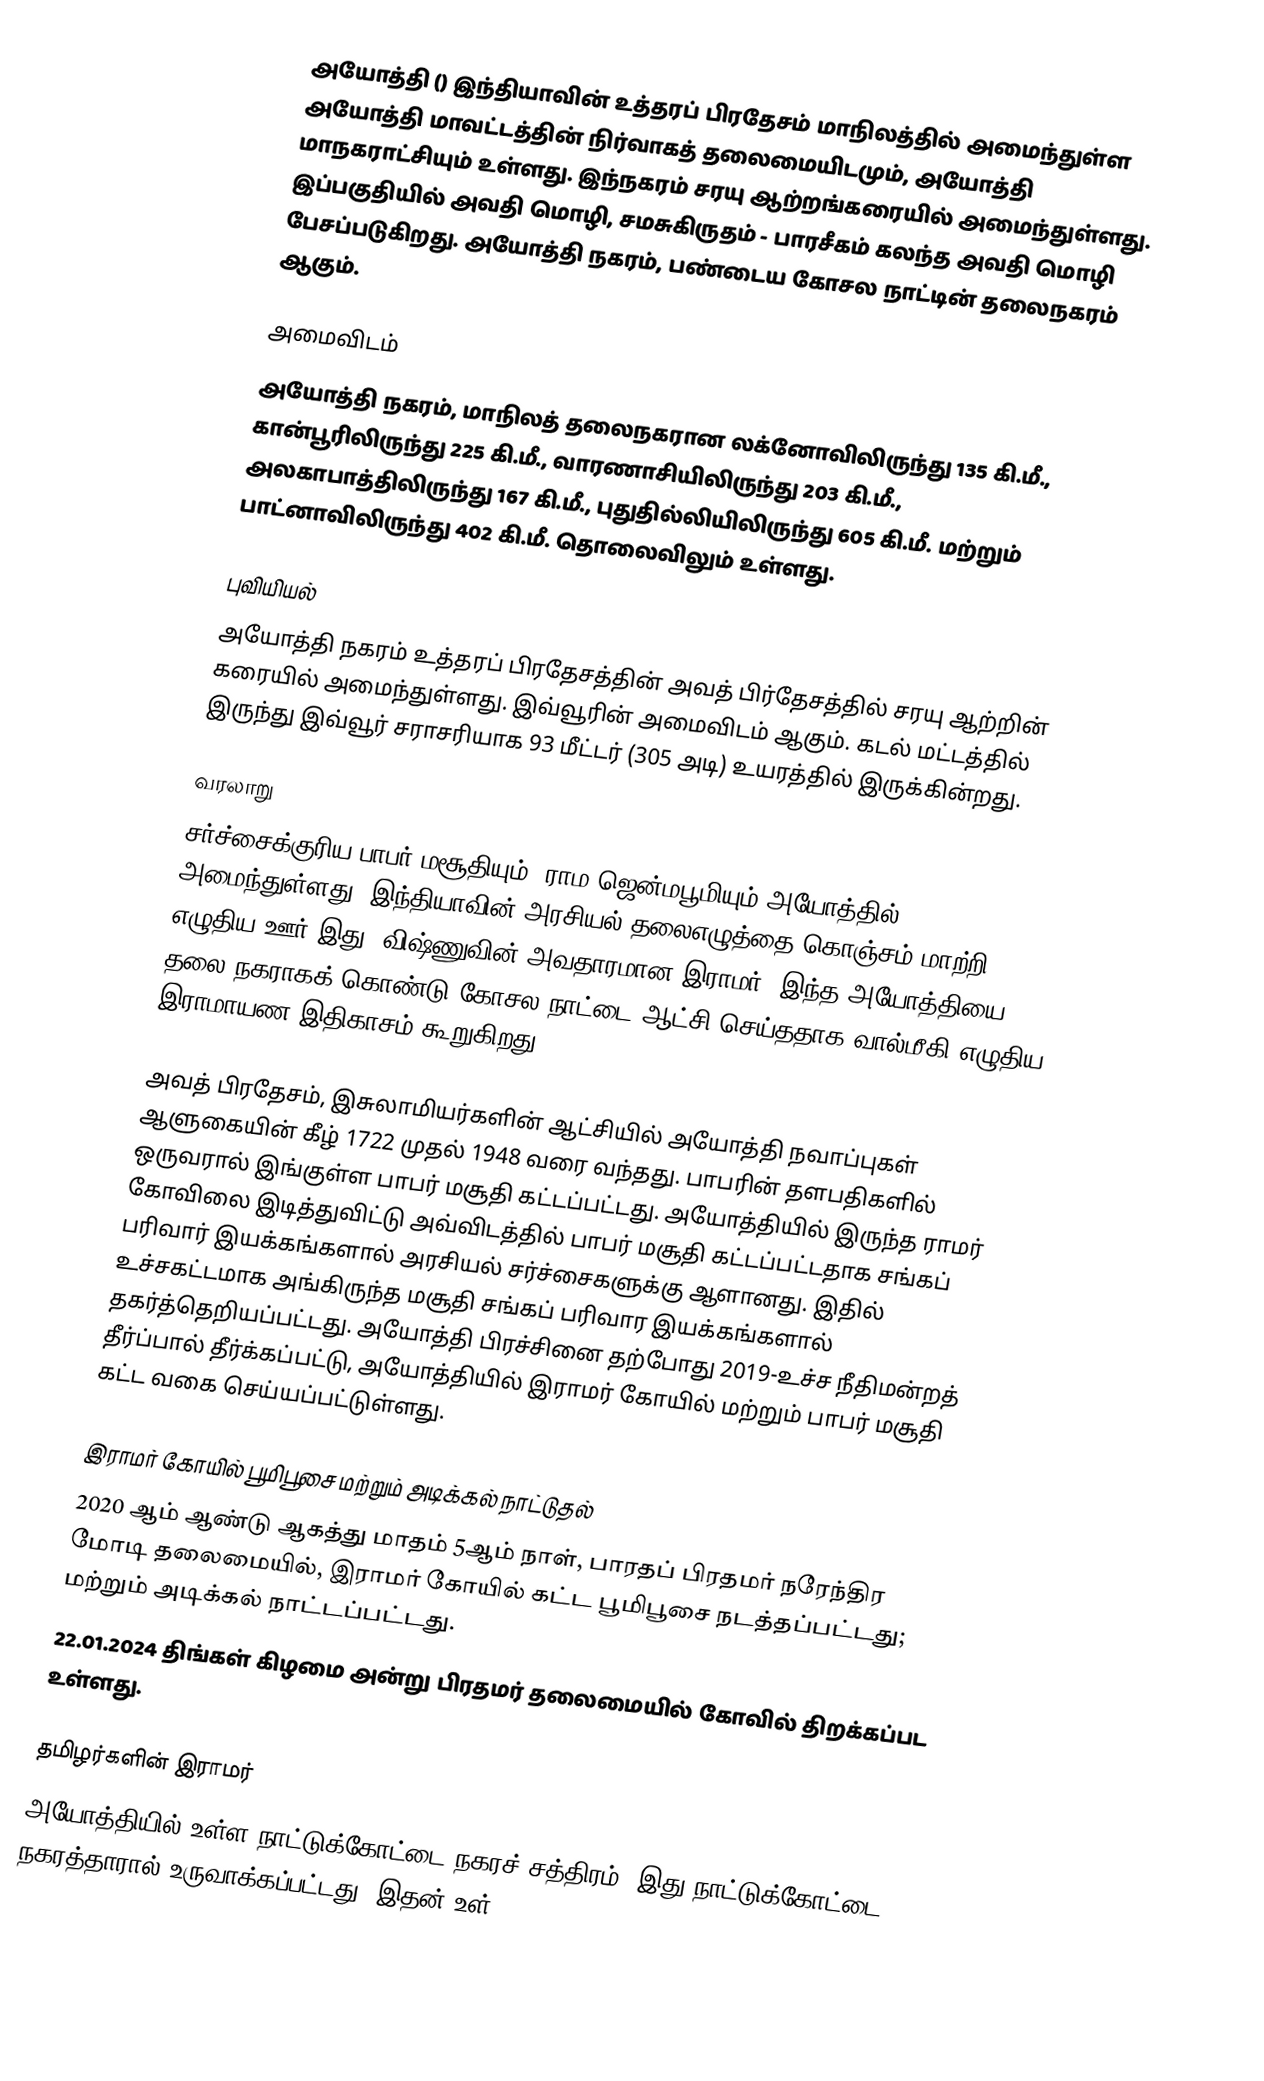
அயோத்தி () இந்தியாவின் உத்தரப் பிரதேசம் மாநிலத்தில் அமைந்துள்ள அயோத்தி மாவட்டத்தின் நிர்வாகத் தலைமையிடமும், அயோத்தி மாநகராட்சியும் உள்ளது. இந்நகரம் சரயு ஆற்றங்கரையில் அமைந்துள்ளது. இப்பகுதியில் அவதி மொழி, சமசுகிருதம் - பாரசீகம் கலந்த அவதி மொழி பேசப்படுகிறது. அயோத்தி நகரம், பண்டைய கோசல நாட்டின் தலைநகரம் ஆகும்.

அமைவிடம்
அயோத்தி நகரம், மாநிலத் தலைநகரான லக்னோவிலிருந்து 135 கி.மீ., கான்பூரிலிருந்து 225 கி.மீ., வாரணாசியிலிருந்து 203 கி.மீ., அலகாபாத்திலிருந்து 167 கி.மீ., புதுதில்லியிலிருந்து 605 கி.மீ. மற்றும் பாட்னாவிலிருந்து 402 கி.மீ. தொலைவிலும் உள்ளது.

புவியியல்
அயோத்தி நகரம் உத்தரப் பிரதேசத்தின் அவத் பிர்தேசத்தில் சரயு ஆற்றின் கரையில் அமைந்துள்ளது. இவ்வூரின் அமைவிடம்  ஆகும். கடல் மட்டத்தில் இருந்து இவ்வூர் சராசரியாக 93 மீட்டர் (305 அடி) உயரத்தில் இருக்கின்றது.

வரலாறு
சர்ச்சைக்குரிய பாபர் மசூதியும், ராம ஜென்மபூமியும் அயோத்தில் அமைந்துள்ளது. இந்தியாவின் அரசியல் தலைஎழுத்தை கொஞ்சம் மாற்றி எழுதிய ஊர் இது. விஷ்ணுவின் அவதாரமான இராமர், இந்த அயோத்தியை தலை நகராகக் கொண்டு கோசல நாட்டை ஆட்சி செய்ததாக வால்மீகி எழுதிய இராமாயண இதிகாசம் கூறுகிறது.

அவத் பிரதேசம், இசுலாமியர்களின் ஆட்சியில் அயோத்தி நவாப்புகள் ஆளுகையின் கீழ் 1722 முதல் 1948 வரை வந்தது. பாபரின் தளபதிகளில் ஒருவரால் இங்குள்ள பாபர் மசூதி கட்டப்பட்டது. அயோத்தியில் இருந்த ராமர் கோவிலை இடித்துவிட்டு அவ்விடத்தில் பாபர் மசூதி கட்டப்பட்டதாக சங்கப் பரிவார் இயக்கங்களால் அரசியல் சர்ச்சைகளுக்கு ஆளானது. இதில் உச்சகட்டமாக அங்கிருந்த மசூதி சங்கப் பரிவார இயக்கங்களால் தகர்த்தெறியப்பட்டது. அயோத்தி பிரச்சினை தற்போது 2019-உச்ச நீதிமன்றத் தீர்ப்பால் தீர்க்கப்பட்டு, அயோத்தியில் இராமர் கோயில் மற்றும் பாபர் மசூதி கட்ட வகை செய்யப்பட்டுள்ளது.

இராமர் கோயில் பூமிபூசை மற்றும் அடிக்கல் நாட்டுதல்
2020 ஆம் ஆண்டு ஆகத்து மாதம் 5ஆம் நாள், பாரதப் பிரதமர் நரேந்திர மோடி தலைமையில், இராமர் கோயில் கட்ட பூமிபூசை நடத்தப்பட்டது; மற்றும் அடிக்கல் நாட்டப்பட்டது.
22.01.2024 திங்கள் கிழமை அன்று பிரதமர் தலைமையில் காேவில் திறக்கப்பட உள்ளது.

தமிழர்களின் இராமர்
அயோத்தியில் உள்ள நாட்டுக்கோட்டை நகரச் சத்திரம். இது நாட்டுக்கோட்டை நகரத்தாரால் உருவாக்கப்பட்டது. இதன் உள்